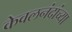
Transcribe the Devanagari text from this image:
केवलनंदांच्या